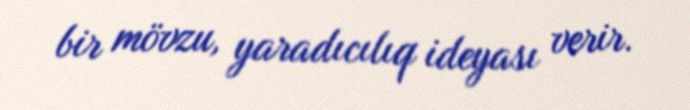
bir mövzu, yaradıcılıq ideyası verir.